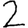
Digit: 2